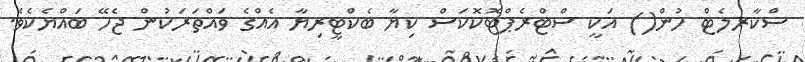
ސްކާރލެޓް ހުން() އަކީ ސްޓްރެޕްޓޮކޮކަސް ކިޔާ ބެކްޓީރިޔާ އެއްގެ ވައްތަރަކުން ޖެހޭ ބައްޔެކެވެ.